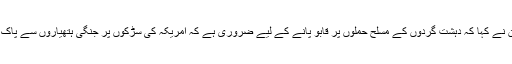
ہلیری کلنٹن نے کہا کہ دہشت گردوں کے مسلح حملوں پر قابو پانے کے لیے ضروری ہے کہ امریکہ کی سڑکوں پر جنگی ہتھیاروں سے پاک کیا جائے۔